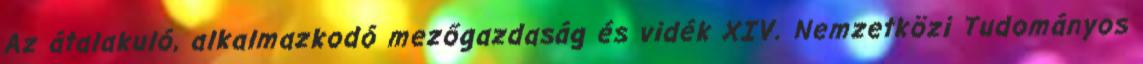
Az átalakuló, alkalmazkodó mezőgazdaság és vidék XIV. Nemzetközi Tudományos